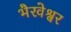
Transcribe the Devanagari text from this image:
भैरवेश्वर